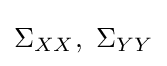
\Sigma _{XX},\,\,\Sigma _{YY}